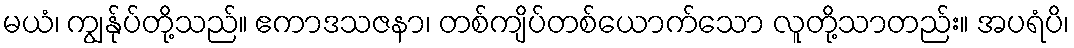
မယံ၊ ကျွန်ုပ်တို့သည်။ ဧကာဒသဇနာ၊ တစ်ကျိပ်တစ်ယောက်သော လူတို့သာတည်း။ အပရံပိ၊